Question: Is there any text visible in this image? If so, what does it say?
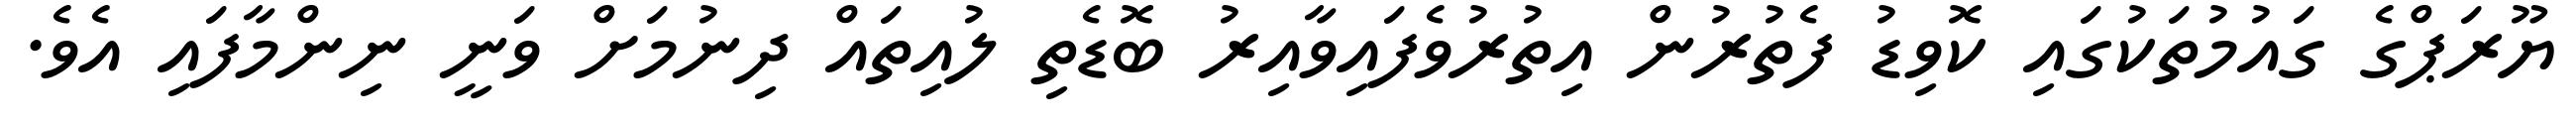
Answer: ޔޫރަޕްގެ ގައުމުތަކުގައި ކޮވިޑު ފެތުރުން އިތުރުވެފައިވާއިރު ބޮޑެތި ލުއިތައް ދިނުމަށް ވަނީ ނިންމާފައި އެވެ.